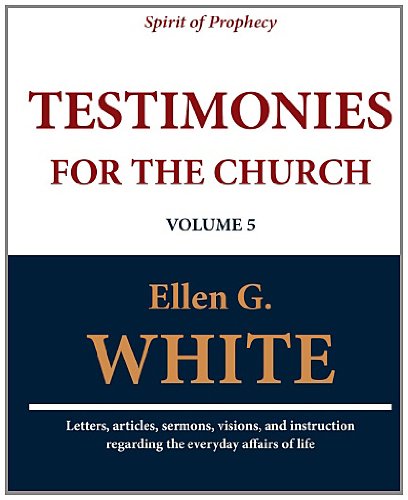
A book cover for Testimonies for the Church (Volume 5); Ellen G. White; Christian Books & Bibles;